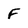
Character: F